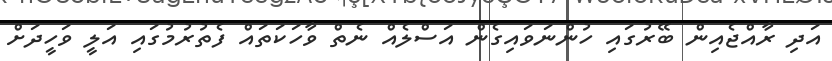
އަދި ރާއްޖެއިން ބޭރުގައި ހުންނަވައިގެން އަސްލެއް ނެތް ވާހަކަތައް ފެތުރުމުގައި އަލީ ވަހީދަށް